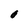
Character: 0